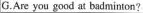
G.Are you good at badminton?